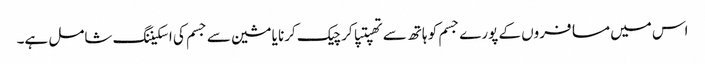
اس میں مسافروں کے پورے جسم کو ہاتھ سے تھپتپا کر چیک کرنا یا مشین سے جسم کی اسکیننگ شامل ہے۔